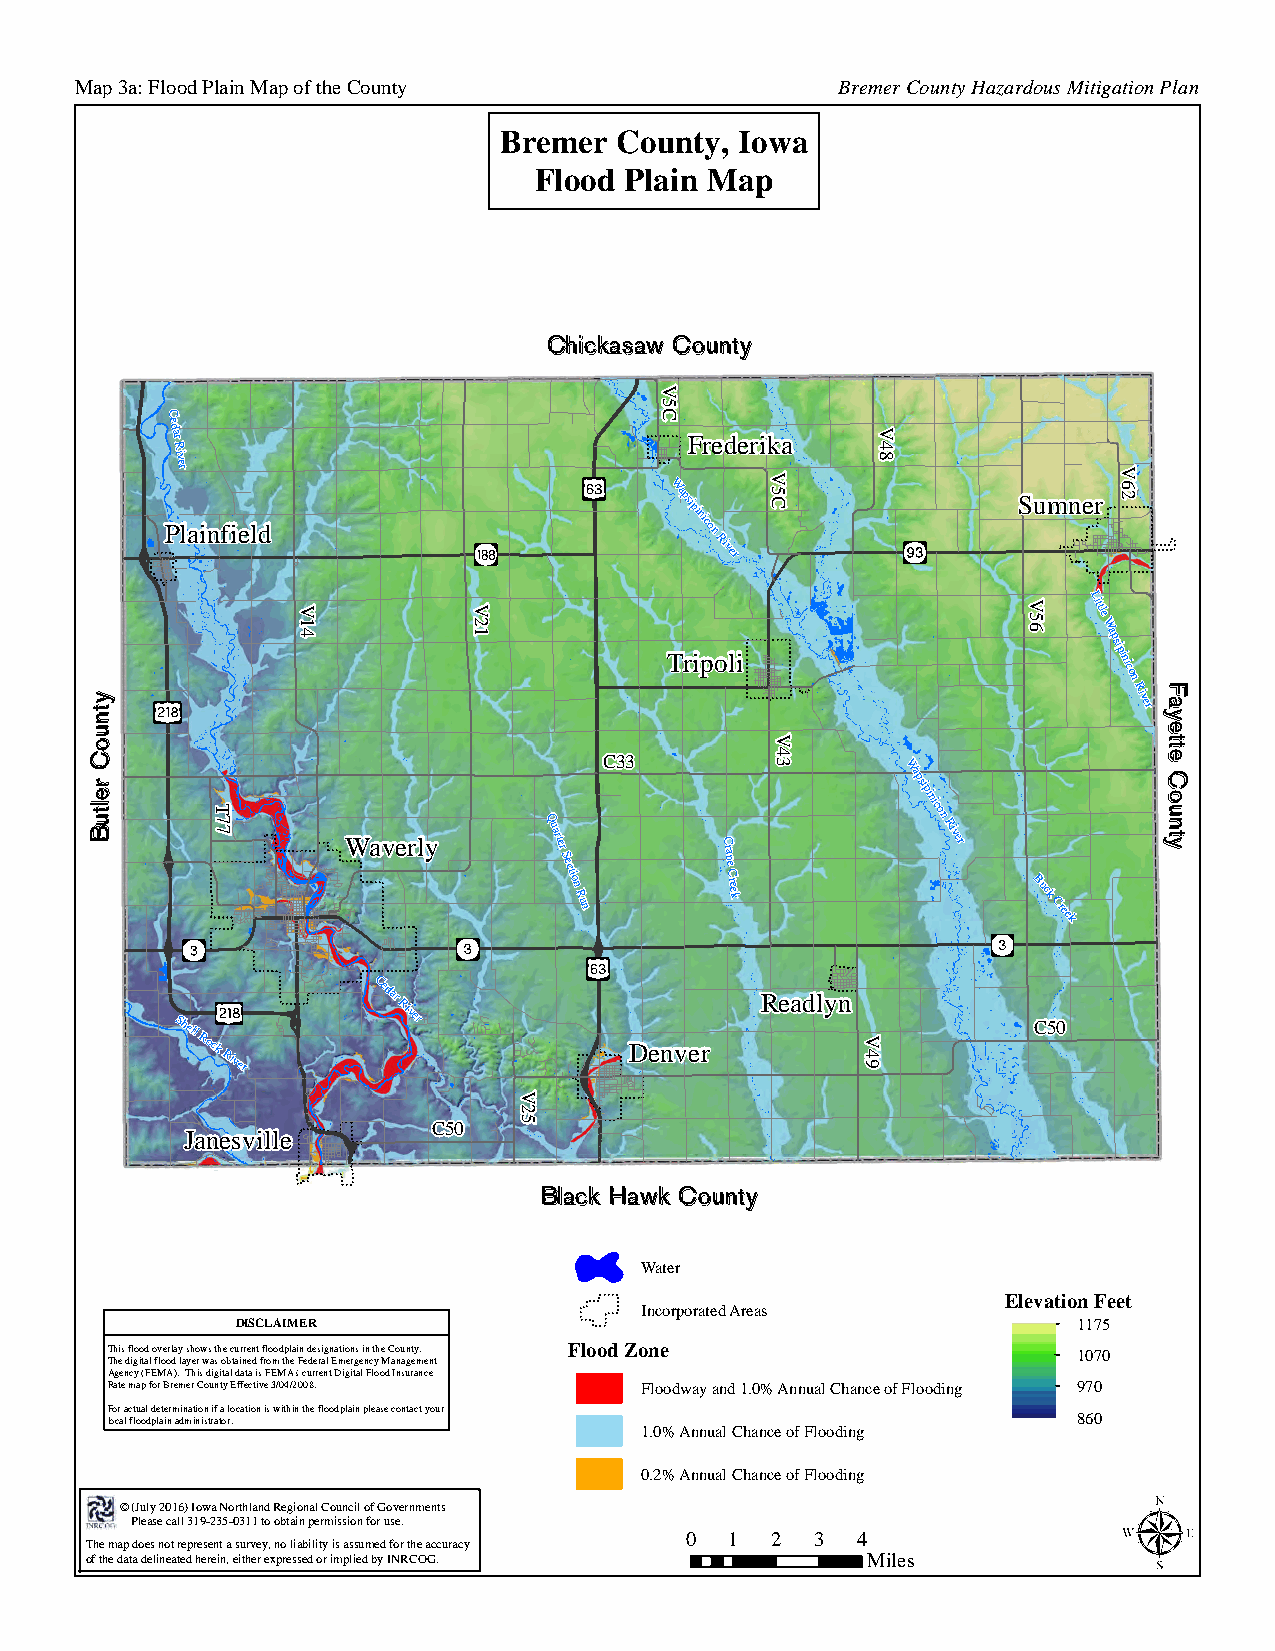
Map 3a: Flood Plain Map of the County             Bremer County Hazardous Mitigation Plan
 Bremer  County, Iowa
 Flood Plain Map
 Chickasaw County
 C
 ed
 ar
 R
 Frederika
 iver
 V
 Plainfield
 Wapsipinicon 5
 C               Sumner
 River
 Little
 W
 Tripoli
 apsipinicon
 River
 C33
 W
 T
 7                     Q
 apsipinicon
 7
 Waverly
 uarter
 S
 ection
 R
 un
 C
 rane
 C
 reek
 River
 Buck
 Creek
 Shell
 Rock
 River
 Cedar
 River
 Denver
 Readlyn
 C50
 C50
 Janesville
 Black Hawk County
 Water
 Elevation Feet
 Incorporated Areas
 DISCLAIMER                                             1175
 This flood overlay shows the current floodplain designations in the County. Flood Zone 1070
 The digital flood layer was obtained from the Federal Emergency Management
 Agency (FEMA). This digital data is FEMA's current Digital Flood Insurance
 Rate map for Bremer County Effective 3/04/2008. Floodway and 1.0% Annual Chance of Flooding 970
 For actual determination if a location is within the floodplain please contact your
 local floodplain administrator.                                 860
 1.0% Annual Chance of Flooding
 0.2% Annual Chance of Flooding
 © (July 2016) Iowa Northland Regional Council of Governments
 Please call 319-235-0311 to obtain permission for use.
 0  1  2  3  4
 The map does not represent a survey, no liability is assumed for the accuracy
 of the data delineated herein, either expressed or implied by INRCOG. Miles
 ytnuoC
 reltuB
 V14        V21
 V25
 V5C
 V43
 V49
 V48
 V56
 V62
 Fayette
 County